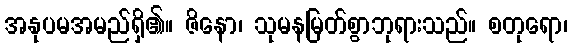
အနုပမအမည်ရှိ၏။ ဇိနော၊ သုမနမြတ်စွာဘုရားသည်။ စတုရော၊